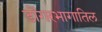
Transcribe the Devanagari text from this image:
डोंगरभागातिल